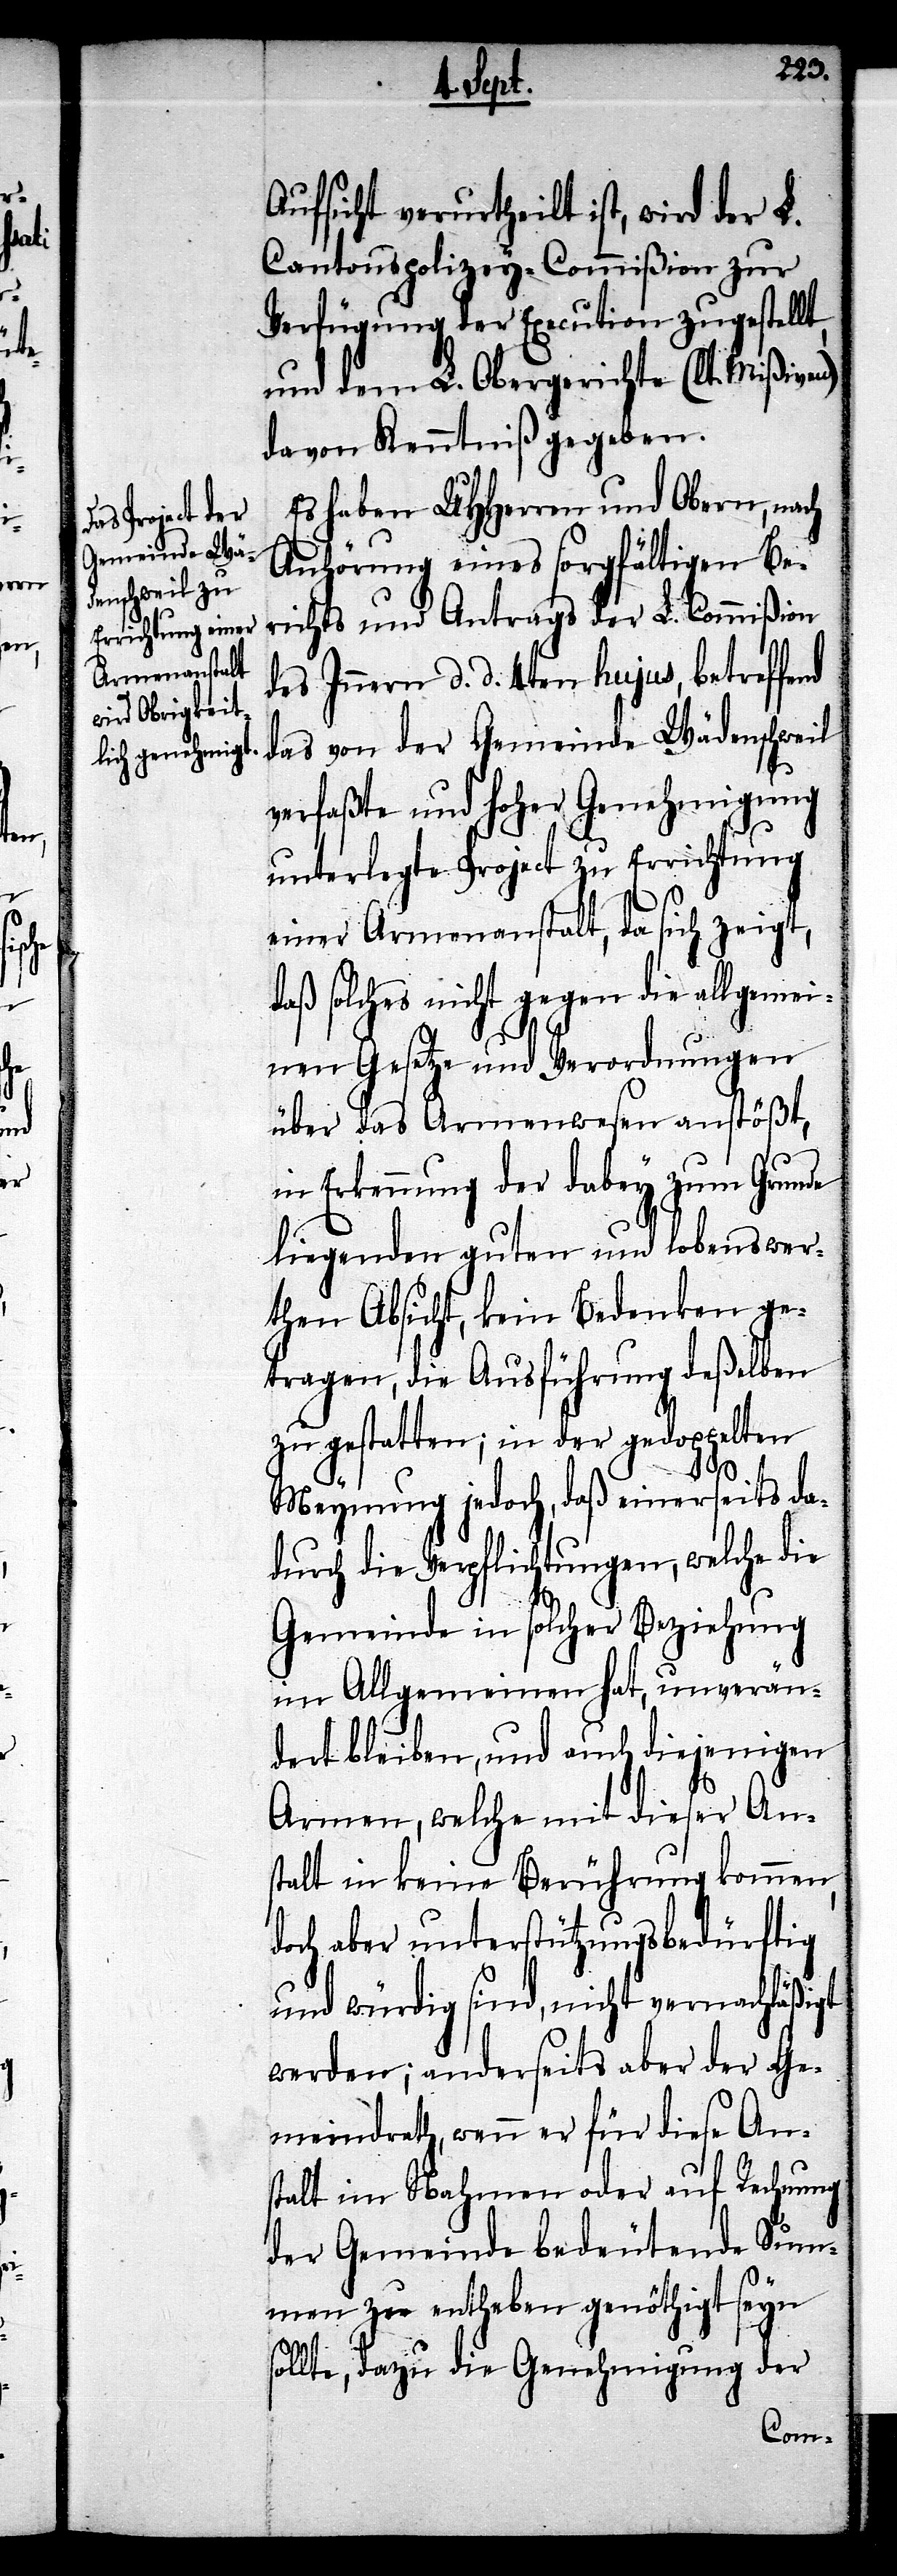
Aufsicht verurtheilt ist, wird der L.
Cantonspolizey-Commißion zur
Verfügung der Execution zugestellt,
und dem L. Obergerichte (lt. Mißiven)
davon Kenntniß gegeben.
Es haben UHHerren und Obern, nach
Anhörung eines sorgfältigen Be¬
richts und Antrags der L. Commißion
des Innern d. d. 4ten hujus, betreffend
das von der Gemeinde Wädenschweil
verfaßte und hoher Genehmigung
unterlegte Project zu Errichtung
einer Armenanstalt, da sich zeigt,
daß solches nicht gegen die allgemei¬
nen Gesetze und Verordnungen
über das Armenwesen anstößt,
in Erkennung der dabey zum Grunde
liegenden guten und lobenswer¬
then Absicht, kein Bedenken ge¬
tragen, die Ausführung deßelben
zu gestatten; in der gedoppelten
Meynung jedoch, daß einerseits da¬
durch die Verpflichtungen, welche die
Gemeinde in solcher Beziehung
im Allgemeinen hat, unverän¬
dert bleiben, und auch diejenigen
Armen, welche mit dieser An¬
stalt in keine Berührung kommen,
doch aber unterstützungsbedürftig
und würdig sind, nicht vernachläßigt
werden; anderseits aber der Ge¬
meindrath, wenn er für diese An¬
stalt im Nahmen oder auf Rechnung
der Gemeinde bedeutende Sum¬
men zu entheben genöthigt seyn
sollte, dazu die Genehmigung der